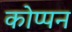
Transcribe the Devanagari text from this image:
कोप्पन